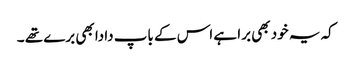
کہ یہ خود بھی برا ہے اس کے باپ دادا بھی برے تھے ۔